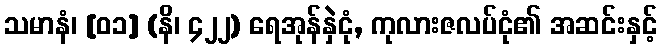
သမာနံ၊ [၀၁] (နိ၊ ၄၂၂) ရေအုန်နှဲငုံ, ကုလားဇလပ်ငုံ၏ အဆင်းနှင့်